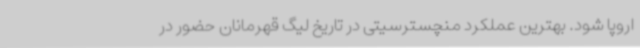
اروپا شود. بهترین عملکرد منچسترسیتی در تاریخ لیگ قهرمانان حضور در